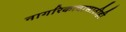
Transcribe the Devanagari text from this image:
नागरिकत्वासाठीही